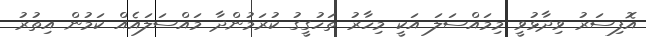
އޮފިސަރު ވިދާޅުވީ މިމައްސަލަ އަކީ މިހާރު ތަހުގީގު ކުރަމުންދާ މައްސަލައެއް ކަމުން އިތުރު